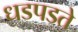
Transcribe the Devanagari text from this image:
धडपडते